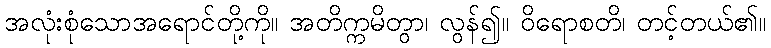
အလုံးစုံသောအရောင်တို့ကို။ အတိက္ကမိတွာ၊ လွန်၍။ ဝိရောစတိ၊ တင့်တယ်၏။